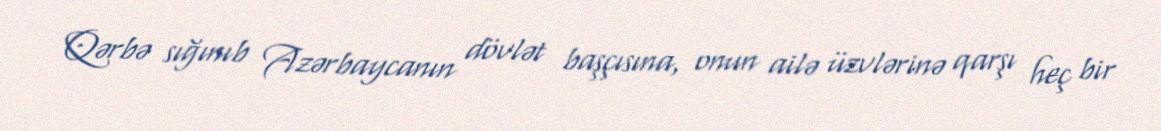
Qərbə sığınıb Azərbaycanın dövlət başçısına, onun ailə üzvlərinə qarşı heç bir